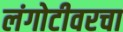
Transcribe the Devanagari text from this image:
लंगोटीवरचा